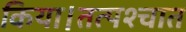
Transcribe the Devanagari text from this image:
किया।तत्पश्चात